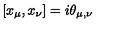
[ x _ { \mu } , x _ { \nu } ] = i \theta _ { \mu , \nu }